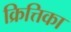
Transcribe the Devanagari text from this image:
क्रित्तिका